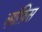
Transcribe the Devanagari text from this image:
ऑ़फ़िस